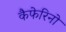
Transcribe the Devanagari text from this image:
कैफेरिनो